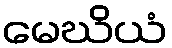
မေဃိယံ